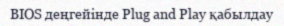
BIOS деңгейінде Plug and Play қабылдау